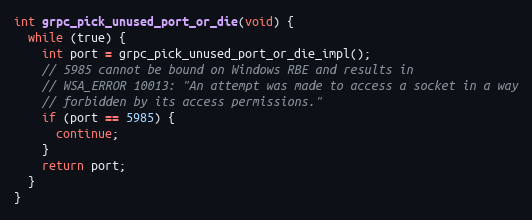
Language: C++
int grpc_pick_unused_port_or_die(void) {
  while (true) {
    int port = grpc_pick_unused_port_or_die_impl();
    // 5985 cannot be bound on Windows RBE and results in
    // WSA_ERROR 10013: "An attempt was made to access a socket in a way
    // forbidden by its access permissions."
    if (port == 5985) {
      continue;
    }
    return port;
  }
}